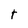
Character: t